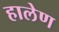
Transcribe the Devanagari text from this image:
हालेण